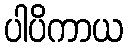
ပါပိကာယ